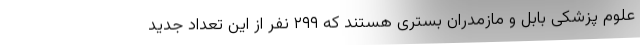
علوم پزشکی بابل و مازمدران بستری هستند که ۲۹۹ نفر از این تعداد جدید